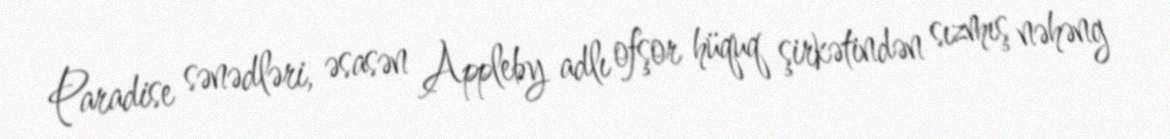
Paradise sənədləri, əsasən Appleby adlı ofşor hüquq şirkətindən sızmış nəhəng